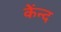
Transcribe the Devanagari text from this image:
केंन्द